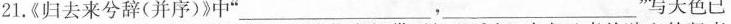
21.《归去来兮辞(并序)》中”___，___ ”写天色已